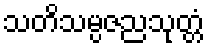
သတိသမ္ပဇညသုတ္တံ